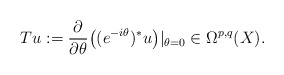
\begin{align*} Tu:=\frac{\partial}{\partial\theta}\bigr((e^{-i\theta})^*u\bigr)|_{\theta=0}\in\Omega^{p,q}(X).\end{align*}